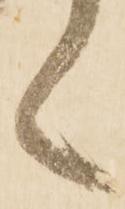
言